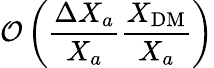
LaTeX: \mathcal O\left(\frac{\Delta X_{a}}{X_{a}}\frac{X_{\mathrm{DM}}}{X_{a}}\right)